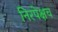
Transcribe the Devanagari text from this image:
निरपेक्षच